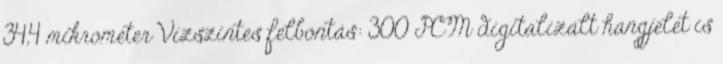
34,4 mikrométer Vízszintes felbontás: 300 PCM digitalizált hangjelet is